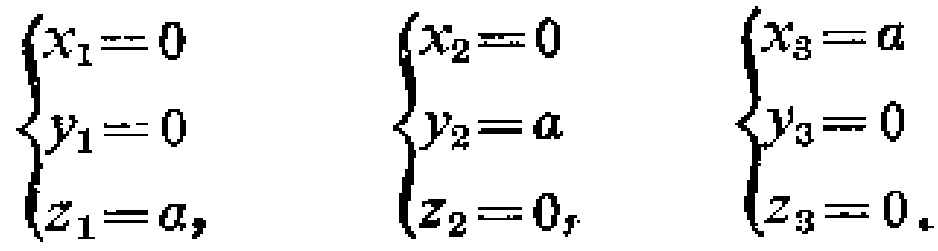
\(\begin{cases}

x_1 = 0 \\

y_1 = 0 \\

z_1 = a,

\end{cases}\)

\(\begin{cases}

x_2 = 0 \\

y_2 = a \\

z_2 = 0,

\end{cases}\)

\(\begin{cases}

x_3 = a \\

y_3 = 0 \\

z_3 = 0.

\end{cases}\)